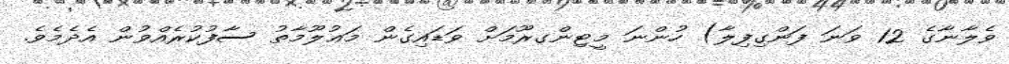
ވެލާނާގެ 12 ވަނަ ފަންގިފިލާ) ހުންނަ މީޓިންގރޫމަށް ވަޑައިގެން މަޢުލޫމާތު ސާފުކުރެއްވުން އެދެމެވެ.